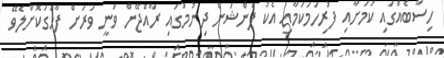
ހިސާބެއްގައި ކަމަށާއި ފުރިހަމަކަމާއި އެކު ޕެންޝަން ދިނުމުގައި ރާއްޖޭން ވަނީ ވަރަށް ފާހަގަކޮށްލެވޭ